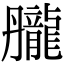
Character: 𪚘